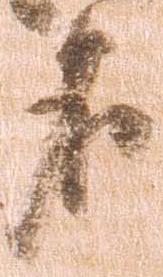
名